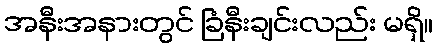
အနီးအနားတွင် ခြံနီးချင်းလည်း မရှိ။